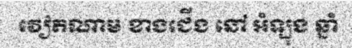
វៀតណាម ខាងជើង នៅ អំឡុង ឆ្នាំ